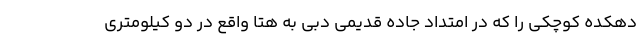
دهکده کوچکی را که در امتداد جاده قدیمی دبی به هتا واقع در دو کیلومتری